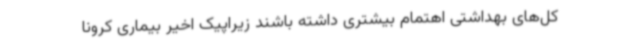
کل‌های بهداشتی اهتمام بیشتری داشته باشند زیراپیک اخیر بیماری کرونا